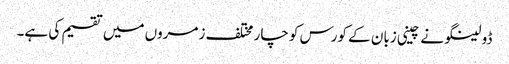
ڈولینگو نے چینی زبان کے کورس کو چار مختلف زمروں میں تقسیم کی ہے۔